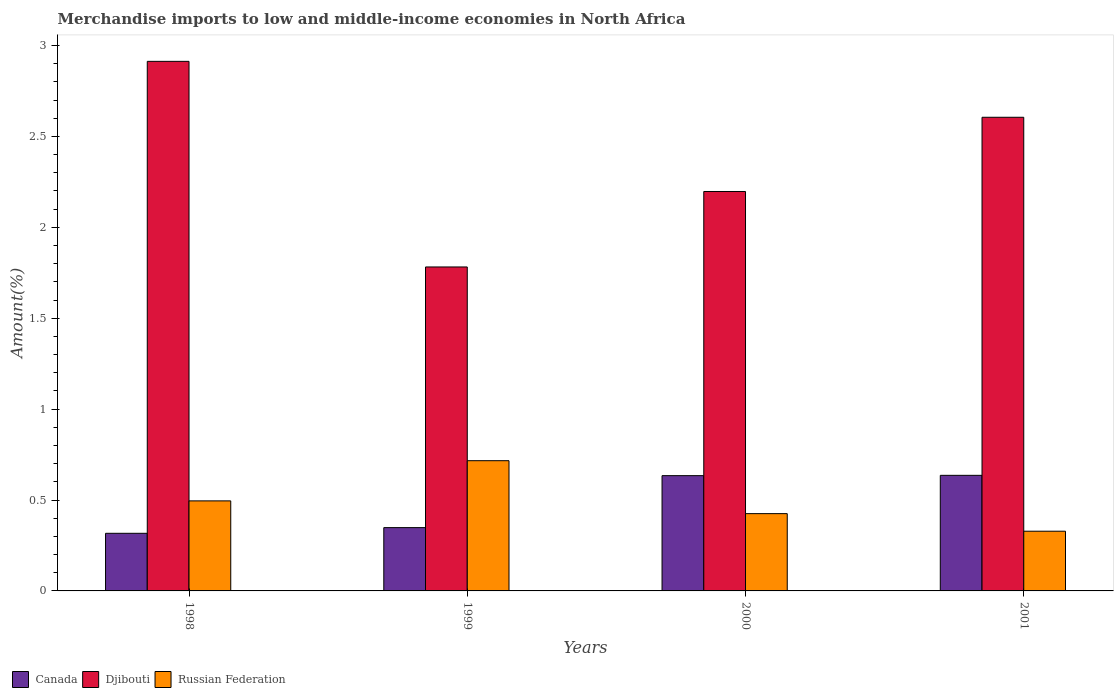
| Years | Canada | Djibouti | Russian Federation |
 | --- | --- | --- | --- |
 | 1998 | 0.317 | 2.91 | 0.495 |
 | 1999 | 0.348 | 1.78 | 0.716 |
 | 2000 | 0.634 | 2.2 | 0.425 |
 | 2001 | 0.636 | 2.61 | 0.328 |